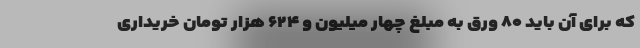
که برای آن باید ۸۰ ورق به مبلغ چهار میلیون و ۶۲۴ هزار تومان خریداری